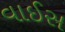
વાઈસ